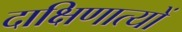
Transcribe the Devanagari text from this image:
दाक्षिणात्यों